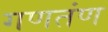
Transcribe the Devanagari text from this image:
गणतंण